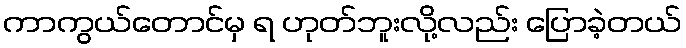
ကာကွယ်တောင်မှ ရ ဟုတ်ဘူးလို့လည်း ပြောခဲ့တယ်